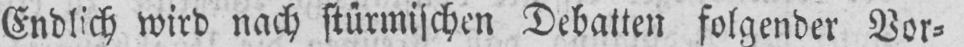
Endlich wird nach stürmischen Debatten folgender Vor⸗